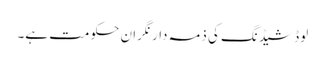
لوڈ شیڈنگ کی ذمہ دار نگران حکومت ہے۔